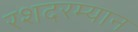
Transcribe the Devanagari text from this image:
रशदरम्यान